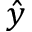
\hat { y }